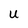
Character: U